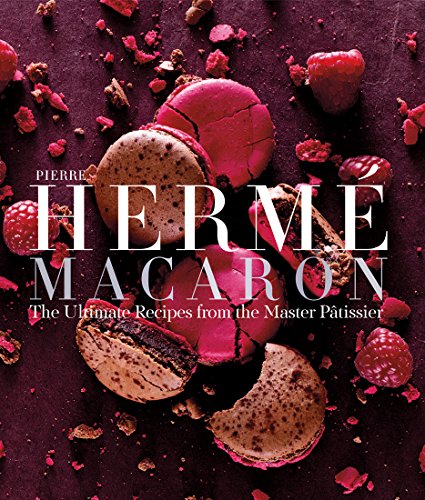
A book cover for Pierre HermÃ© Macarons: The Ultimate Recipes from the Master PÃ¢tissier; Pierre HermÃ©; Cookbooks, Food & Wine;